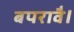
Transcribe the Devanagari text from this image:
बपरावै।